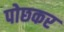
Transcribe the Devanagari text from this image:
पोछकर